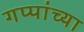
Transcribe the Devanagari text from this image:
गप्पांच्या